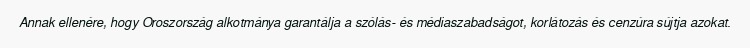
Annak ellenére, hogy Oroszország alkotmánya garantálja a szólás- és médiaszabadságot, korlátozás és cenzúra sújtja azokat.